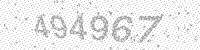
Solution: 494967